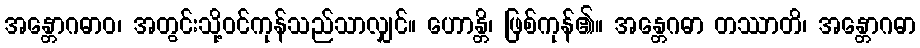
အန္တောဂဓာဝ၊ အတွင်းသို့ဝင်ကုန်သည်သာလျှင်။ ဟောန္တိ၊ ဖြစ်ကုန်၏။ အန္တေဂဓာ တဿာတိ၊ အန္တောဂဓာ